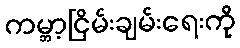
ကမ္ဘာ့ငြိမ်းချမ်းရေးကို